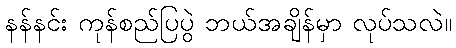
နန်နင်း ကုန်စည်ပြပွဲ ဘယ်အချိန်မှာ လုပ်သလဲ။